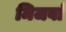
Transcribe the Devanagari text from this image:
मिजवां